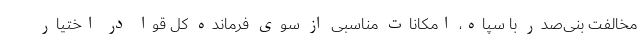
مخالفت بنی‌صدر با سپاه، امکانات مناسبی از سوی فرمانده کل قوا در اختیار